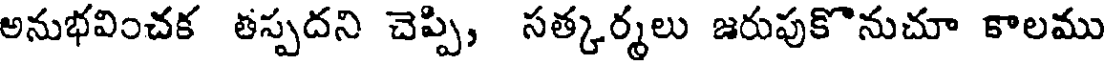
అనుభవించక తస్పదని చెప్పి, సత్కర్మలు జరుపుకొనుచూ కాలము